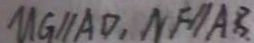
M G / / A D , N F / / A B